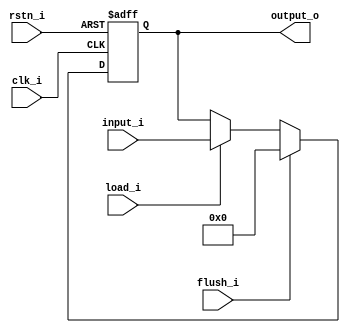
module inter_stage_latch	
#(
	parameter WIDTH = 64
)(
	input	wire 					clk_i,
	input	wire 					rstn_i,
	input	wire 					flush_i,
	input	wire 					load_i,
	input	wire	[WIDTH - 1:0]	input_i,
	output	reg		[WIDTH - 1:0]	output_o
);
	always @(posedge clk_i,	negedge rstn_i)
		if (!rstn_i)
			output_o	<=	{WIDTH{1'b0}};
		else if (flush_i)
			output_o	<=	{WIDTH{1'b0}};
		else if (load_i)
			output_o	<=	input_i;
		else
			output_o	<=	output_o;
endmodule